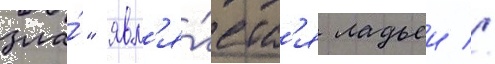
зла́" явл'я́етс'я ладьеи //